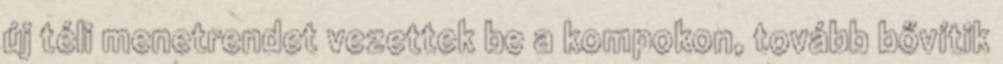
új téli menetrendet vezettek be a kompokon, tovább bővítik